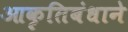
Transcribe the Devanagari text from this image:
आकृतिबंधाने